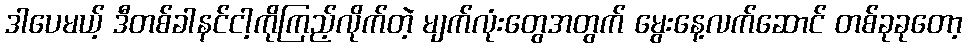
ဒါပေမယ့် ဒီတစ်ခါနင်ငါ့ကိုကြည့်လိုက်တဲ့ မျက်လုံးတွေအတွက် မွေးနေ့လက်ဆောင် တစ်ခုခုတော့